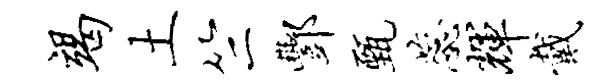
竭土竺酆甄蕊辉戴